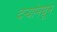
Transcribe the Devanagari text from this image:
दऱ्यांमधून